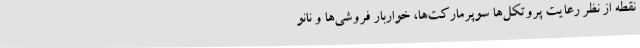
نقطه از نظر رعایت پروتکل‌ها سوپرمارکت‌ها، خواربار فروشی‌ها و نانو